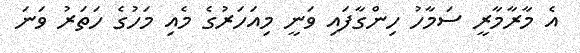
އެ މާރާމާރީ ސަމާހު ހިންގާފައި ވަނީ މިއަހަރުގެ މެއި މަހުގެ ހަތަރު ވަނަ